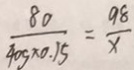
\frac { 8 0 } { 4 0 g \times 0 . 1 5 } = \frac { 9 8 } { x }